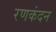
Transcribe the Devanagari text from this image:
रणकंदन